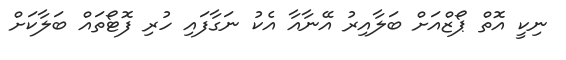
ނިކީ އޮތް ޕޯޒްއަށް ބަލާއިރު އޭނާއާ އެކު ނަގާފައި ހުރި ފޮޓޯތައް ބަލާކަށް